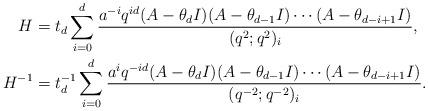
LaTeX: \begin{align*} H &= t_d \sum_{i=0}^{d} \frac{ a^{-i} q^{id}(A-\theta_d I )( A-\theta_{d-1}I ) \cdots (A-\theta_{d-i+1}I)}{(q^2;q^2)_i}, \\ H^{-1} &= t^{-1}_d \sum_{i=0}^{d} \frac{ a^{i} q^{-id}(A-\theta_d I )( A-\theta_{d-1}I ) \cdots (A-\theta_{d-i+1}I)}{(q^{-2};q^{-2})_i}. \end{align*}